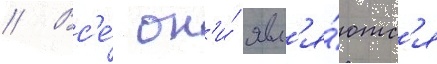
// Вс'е́ он'и́ явл'я́ютс'я